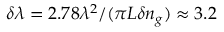
\delta \lambda = 2 . 7 8 \lambda ^ { 2 } / ( \pi L \delta n _ { g } ) \approx 3 . 2